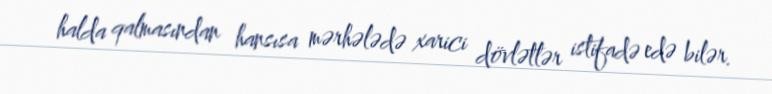
halda qalmasından hansısa mərhələdə xarici dövlətlər istifadə edə bilər.